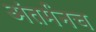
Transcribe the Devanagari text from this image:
अंतर्मनच